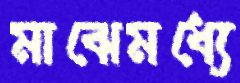
মাঝেমধ্যে